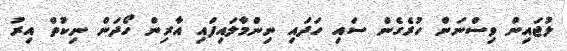
ލުޖައިން ވިސްނަން ހުރެގެން ސައި ހަދައި ނިންމާލައިފައި އާރިން ހޯދަން ނިކުތް އިރު